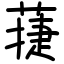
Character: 蓵